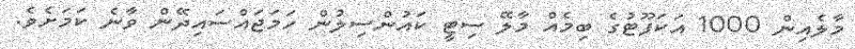
މާލެއިން 1000 އަކަފޫޓުގެ ބިމެއް މާލޭ ސިޓީ ކައުންސިލުން ހަމަޖައްސައިދޭން ވާނެ ކަމަށެވެ.